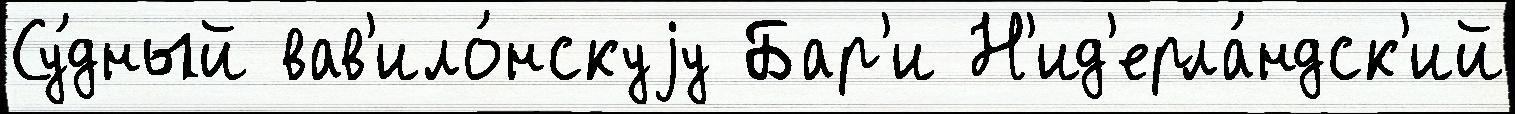
Су́дный вав'ило́нскуjу Бар'и Н'ид'ерла́ндск'ий